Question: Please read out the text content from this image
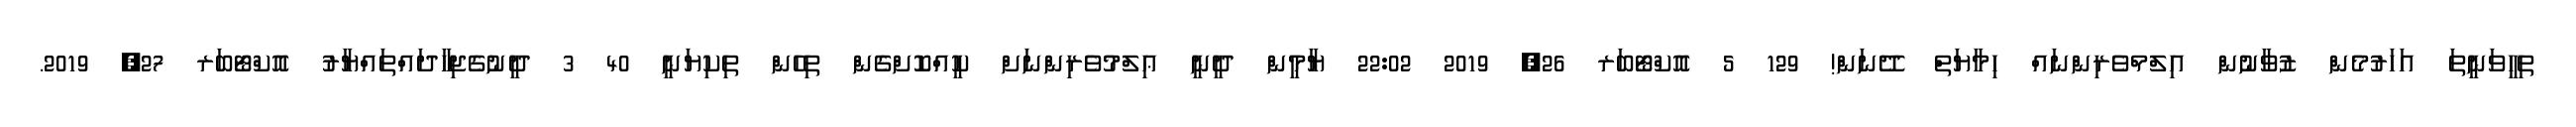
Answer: ތިހީވަނީތަ އަހަރުމެން ޒުވާނުން އިލްމްވެރިންނައް ހިމާޔަތް ދޭނަން! 129 5 އޮކްޓޯބަރ 26, 2019 22:02 ޔާމީން ދީނީ ޢިލްމުވެރިންނަށް ކީއްކޮށްގެން ތިހެން ތިކިޔަނީ 40 3 ދީނުގެޖިހާދައްތައްޔާރު އޮކްޓޯބަރ 27, 2019.